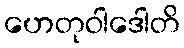
ဟေတုဝါဒေါတိ